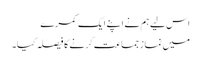
اس لیے ہم نے اپنے ایک کمرے
میں نماز جماعت کرنے کا فیصلہ کیا۔